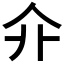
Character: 𠇎